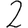
Digit: 2